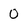
Character: 0